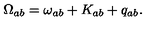
\Omega _ { a b } = \omega _ { a b } + K _ { a b } + q _ { a b } .